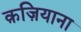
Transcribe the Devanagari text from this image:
क़ज़ियाना